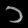
Digit: ၁